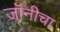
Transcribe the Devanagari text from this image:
जॉनीचा